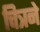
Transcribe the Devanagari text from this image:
चित्रने